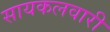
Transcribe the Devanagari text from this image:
सायकलवारी